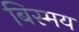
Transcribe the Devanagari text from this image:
बिस्मय